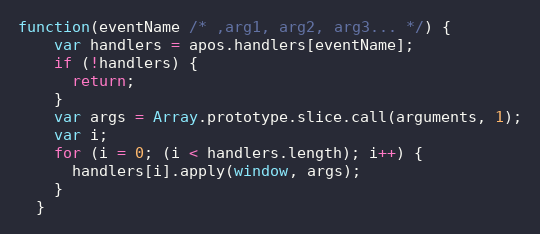
Language: JavaScript
function(eventName /* ,arg1, arg2, arg3... */) {
    var handlers = apos.handlers[eventName];
    if (!handlers) {
      return;
    }
    var args = Array.prototype.slice.call(arguments, 1);
    var i;
    for (i = 0; (i < handlers.length); i++) {
      handlers[i].apply(window, args);
    }
  }